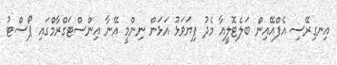
އިނގިރޭސި އެފްއޭއިން ބަލެޓޮލީއާ މެދު ފިޔަވަޅު އަޅަން ނިންމީ އޭނާ އިންސްޓަގްރާމްގައި ޕޯސްޓު